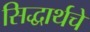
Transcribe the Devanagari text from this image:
सिद्धार्थचे